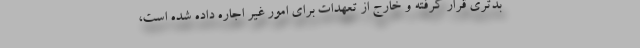
بدتری قرار گرفته و خارج از تعهدات برای امور غیر اجاره داده شده است،